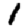
Digit: 1